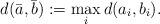
LaTeX: \begin{align*} d(\bar a,\bar b):=\max_{i}d(a_i,b_i). \end{align*}